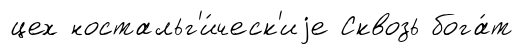
цех ностальг'и́ческ'иjе Сквозь бога́т